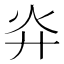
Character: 灷